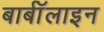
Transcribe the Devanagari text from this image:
बार्बॉलाइन